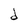
Character: d